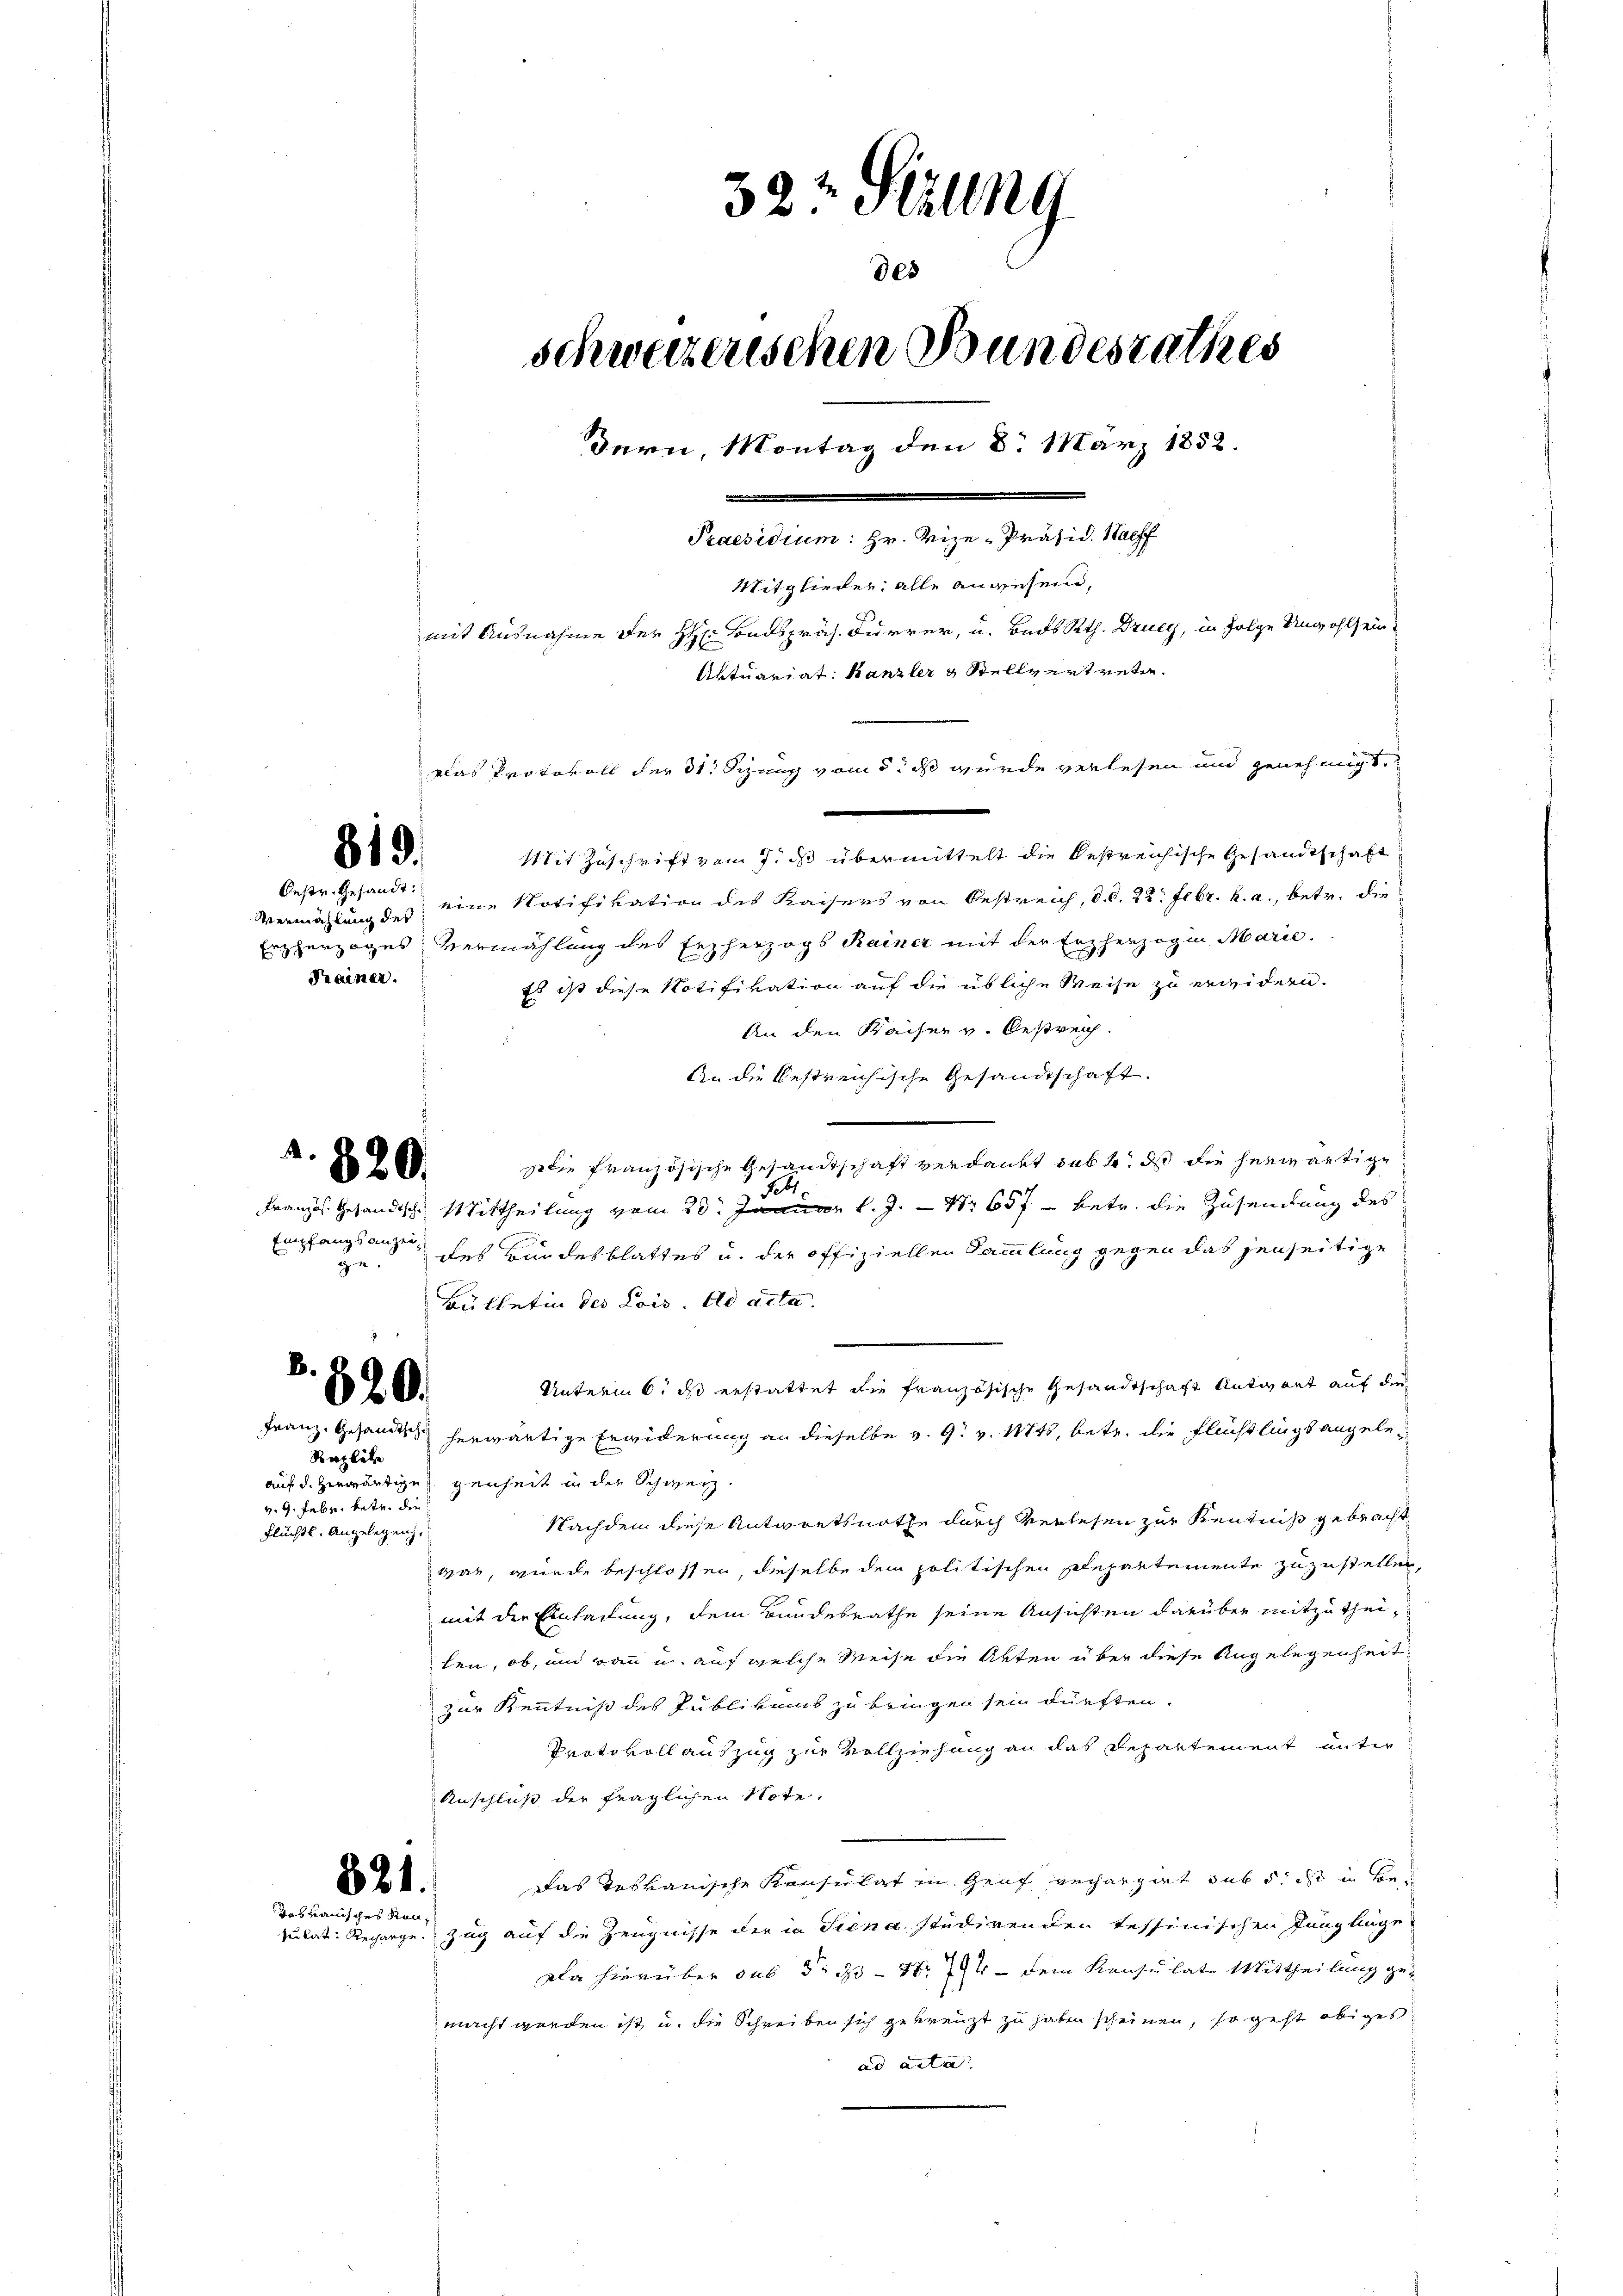
819.

. 820.

B.
820.

Bestr. Gesandt:
Trainer.

821.
dabvauisches Rau¬

32½ Sizung
des
schweizerischen Bundesrathes
dern, Montag den 8. März 1852.
Praesidium: Hr. Vize-Präsid. Nachf
Mitglieder, alle anwesene,
mit Ausnahme der H. Badspräs. Furrer, u. Bads Rth. Druey, in Folge Unwohlsein
Aktuariat Kanzler & Stellvertreten.
klas Protokoll der 31. Sizung vom 5. ds wurde verlesen und genehmigt,

Mit Zuschrift vom 7. ds übermittelt die bestreichische Gesandtschaft
Vermählung des eine Notifikation des Kaisers von Oestreich, d. d. 22. Febr. h. a., betr. die
Erzherzoges Vermählung des Erzherzogs Rainer mit der Erzherzogin Marie
Es ist diese Notifivation auf die übliche Weise zu erwidern.
An den Kaiser v. Oestreich.
An die bestreichische Gesandtschaft.
Die französische Gesandtschaft verdankt sub 6. ds die herwärtige
Französ. Gesändische Mittheilung vom 20. Januar l. J. Nr. 657 - betr. die Zusendung des
des Bundesblattes u. der offiziellen Sammlung gegen das jenseitige
Büthetin des Lois. ad acta.
.
Unterm 6. ds erstattet die französische Gesandtschaft Antwort auf der
Franz. Gesandt herwärtige Erwiderung an dieselbe v. 9. v. Mts. betr. die Flüchtlings angeleauf d. herwärtige genheit in der Schweiz.
Nachdem diese Antwortsnathe durch verlesen zur Kenntniß gebracht,
war, wurde beschlossen, dieselbe dem politischen Repartemente zuzustellen,
mit die Einladung, dem Bundesrathe seine Ansichten darüber mitzutheilen, ob, und wann u. auf welche Weise die Akten über diese Angelegenheit
zur Kenntniß des Publikums zu bringen sei dürften.
Protokoll auszug zur Vollziehung an das Departement unter
Anschluß der fraglichen Note.
Das Testanische Konsulat in Graf ergangirt sub 5. ist in Bepulat: Reparge. Zug auf die Zeugnisse der in Siena studirenden tessinischen Junglinge-
Da hierüber aus 3. ds Nr. 794 — dem Konsulate Mittheilung gemacht werden ist u. die Schreiben sich gekreuzt zu haben scheinen, so geht obiges
ad acta

Empfangsanzeigen

Razliche
v. 9. Febr. betr. die
Flüchtl. Angelegen.

e

Febr.